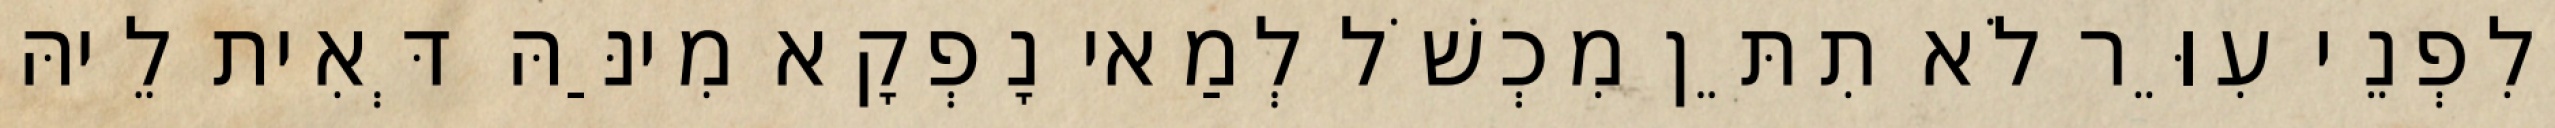
וְלִפְנֵי עִוֵּר לֹא תִתֵּן מִכְשֹׁל לְמַאי נָפְקָא מִינַּהּ דְּאִית לֵיהּ